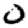
Digit: 0